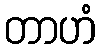
တာဟံ